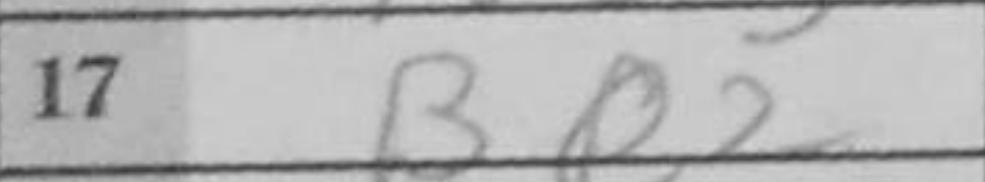
Transcription: Be2